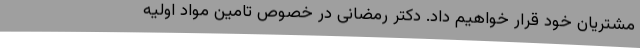
مشتریان خود قرار خواهیم داد. دکتر رمضانی در خصوص تامین مواد اولیه